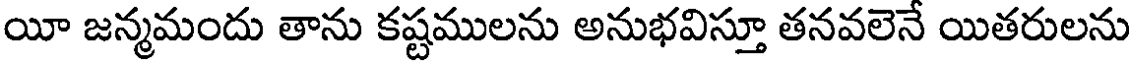
యీ జన్మమందు తాను కష్టములను అనుభవిస్తూ తనవలెనే యితరులను